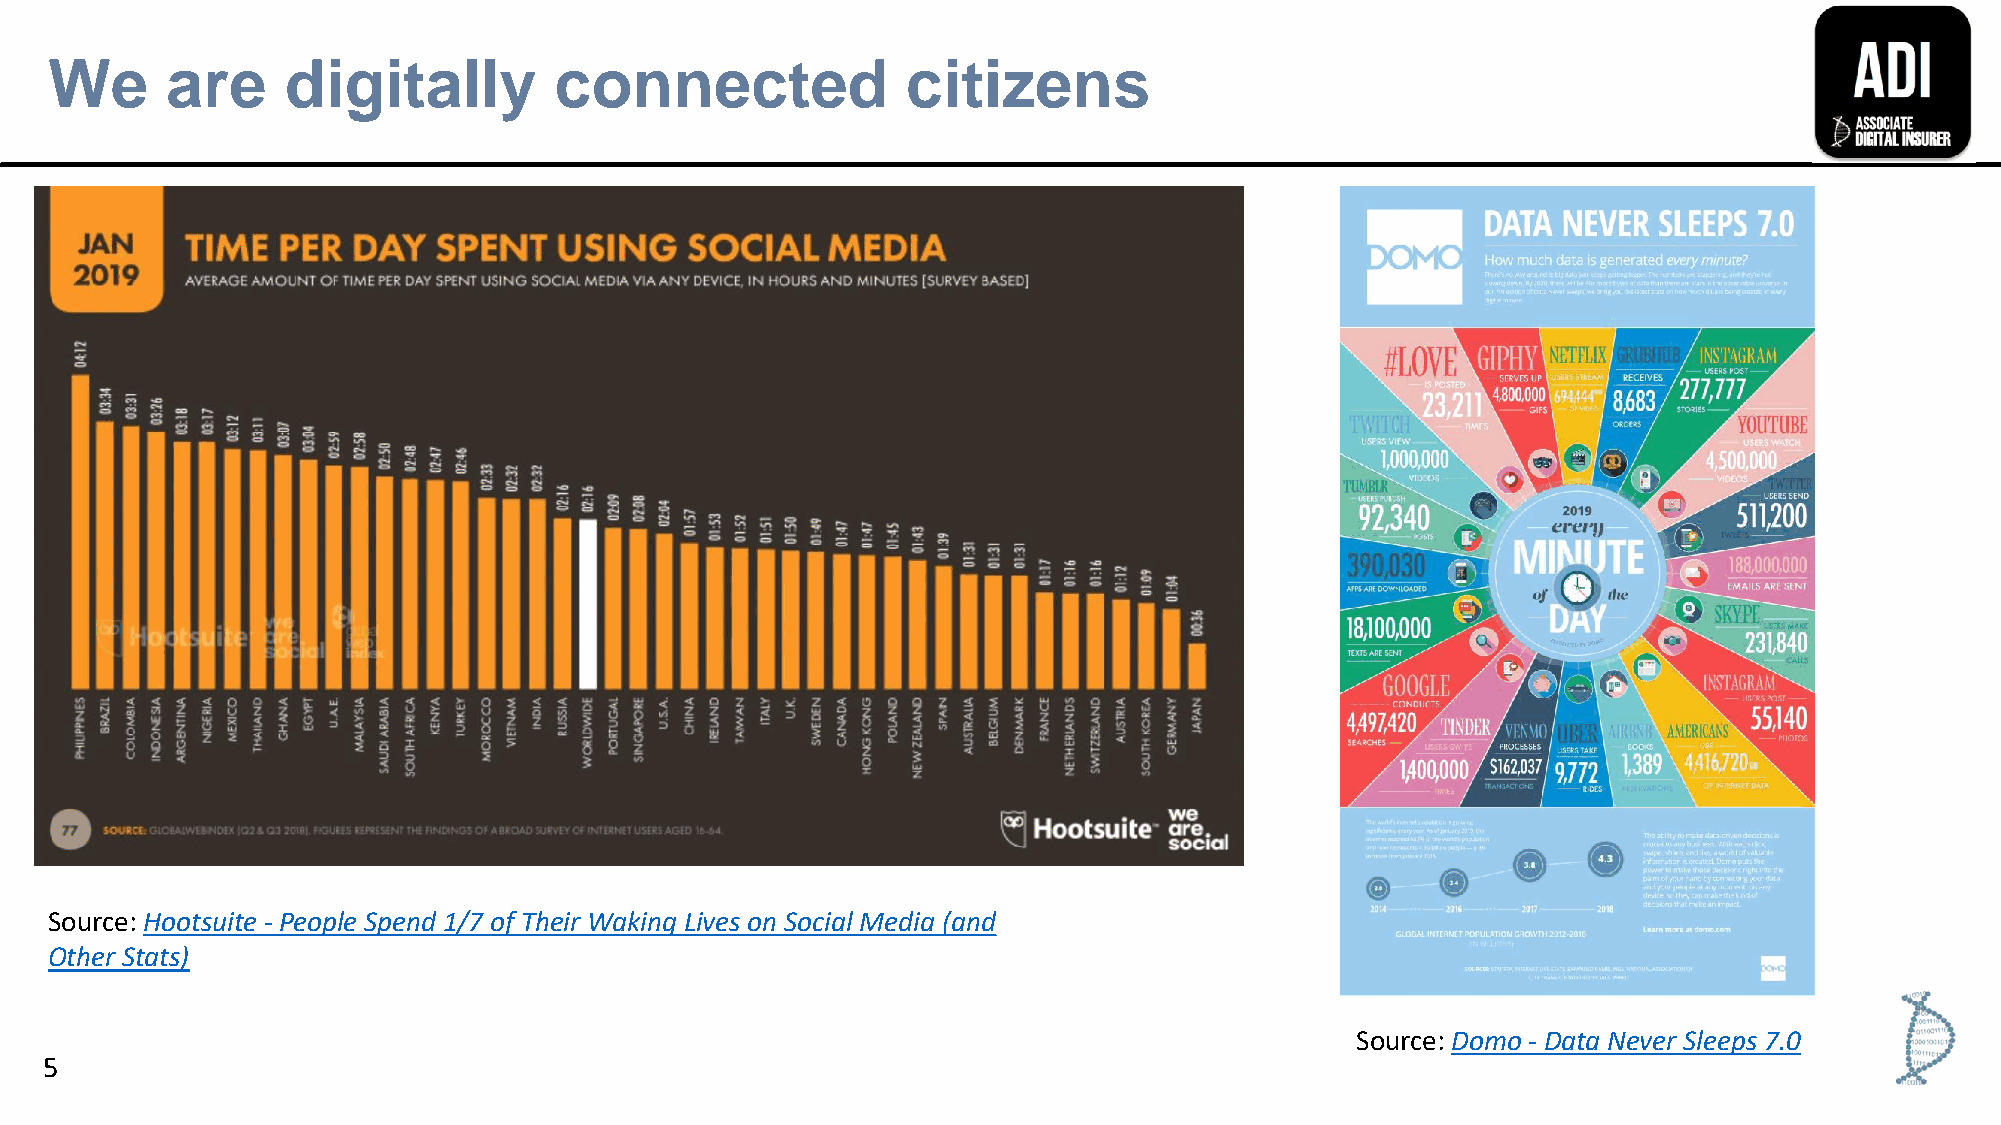
We      are     digitally         connected              citizens
 Source: Hootsuite - People Spend 1/7 of Their Waking Lives on Social Media (and
 Other Stats)
 Source: Domo - Data Never Sleeps 7.0
 5